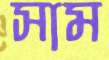
সাম